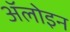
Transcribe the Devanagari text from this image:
ॲलोइन